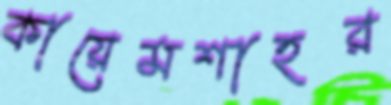
কায়েমশাহর